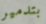
بتدمير